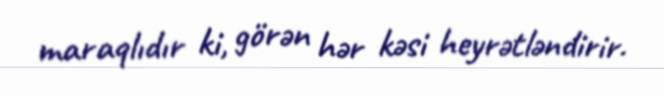
maraqlıdır ki, görən hər kəsi heyrətləndirir.